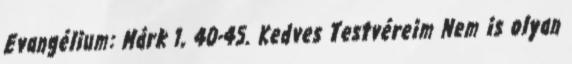
Evangélium: Márk 1, 40-45. Kedves Testvéreim Nem is olyan